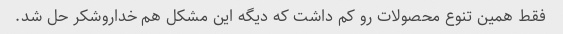
فقط همین تنوع محصولات رو کم داشت که دیگه این مشکل هم خداروشکر حل شد.